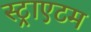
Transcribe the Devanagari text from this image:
स्ट्राएटम